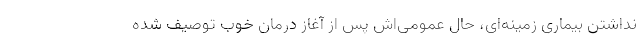
نداشتن بیماری زمینه‌ای، حال عمومی‌اش پس از آغاز درمان خوب توصیف شده